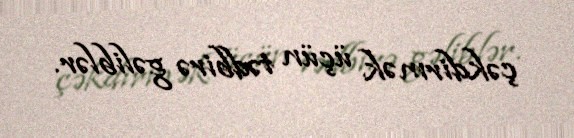
çəkdirmək üçün tədbirə gəliblər.